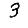
Digit: 3